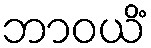
ဘာဝယိံ